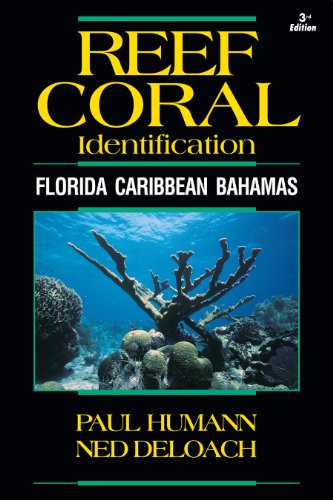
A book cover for Reef Coral Identification: Florida, Caribbean, Bahamas 3rd Edition (Reef Set (New World)); Paul Humann; Science & Math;